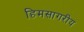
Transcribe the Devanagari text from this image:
हिमसागरीय